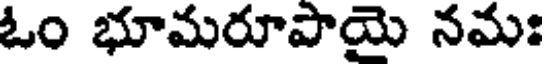
ఓం భూమరూపాయై నమః